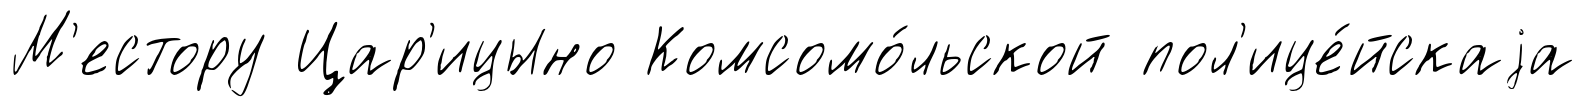
М'естору Цар'ицыно Комсомо́льской пол'ице́йскаjа